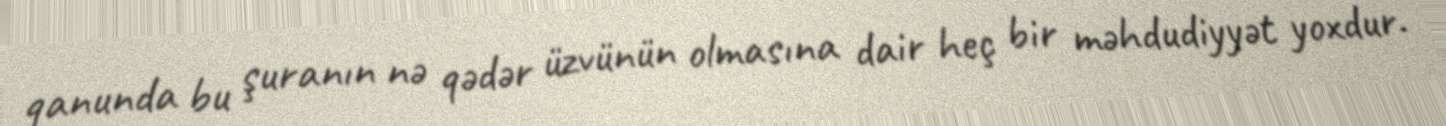
qanunda bu şuranın nə qədər üzvünün olmasına dair heç bir məhdudiyyət yoxdur.